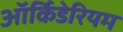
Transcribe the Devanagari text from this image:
ऑर्किडेरियम